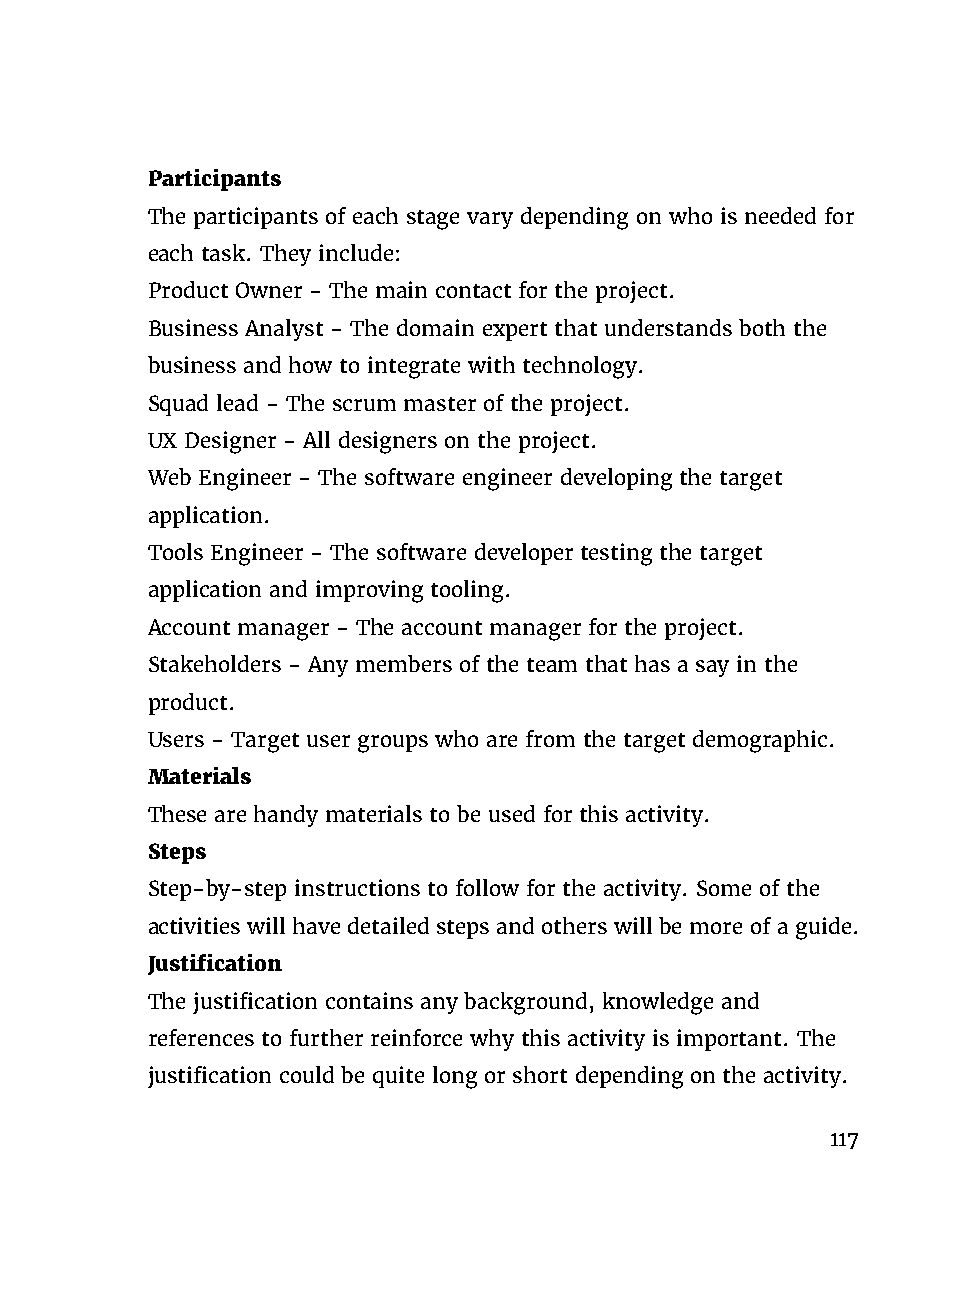
Participants
 The participants of each stage vary depending on who is needed for
 each task. They include:
 Product Owner - The main contact for the project.
 Business Analyst - The domain expert that understands both the
 business and how to integrate with technology.
 Squad lead - The scrum master of the project.
 UX Designer - All designers on the project.
 Web Engineer - The software engineer developing the target
 application.
 Tools Engineer - The software developer testing the target
 application and improving tooling.
 Account manager - The account manager for the project.
 Stakeholders - Any members of the team that has a say in the
 product.
 Users - Target user groups who are from the target demographic.
 Materials
 These are handy materials to be used for this activity.
 Steps
 Step-by-step instructions to follow for the activity. Some of the
 activities will have detailed steps and others will be more of a guide.
 Justification
 The justification contains any background, knowledge and
 references to further reinforce why this activity is important. The
 justification could be quite long or short depending on the activity.
 117